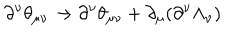
\partial ^ { \nu } \theta _ { \mu \nu } \rightarrow \partial ^ { \nu } \theta _ { \mu \nu } + \partial _ { \mu } ( \partial ^ { \nu } \Lambda _ { \nu } )